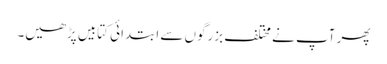
پھر آپ نے مختلف بزرگوں سے ابتدائی کتابیں پڑھیں۔